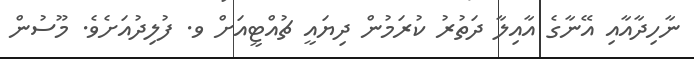
ނާހިދާއާއި އޭނާގެ އާއިލާ ދަތުރު ކުރަމުން ދިޔައީ ޗުއްޓީއަށް ވ. ފުލިދުއަށެވެ. މޫސުން